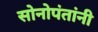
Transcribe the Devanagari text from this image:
सोनोपंतांनी